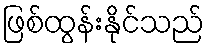
ဖြစ်ထွန်းနိုင်သည်